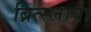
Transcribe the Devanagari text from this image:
ब्रित्स्लावा